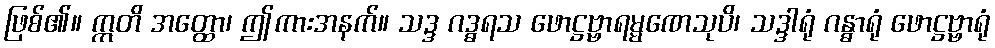
ဖြစ်၏။ ဣတိ အတ္ထော၊ ဤကားအနက်။ သဒ္ဒ ဂဒ္ဓရသ ဖောဋ္ဌဗ္ဗာရမ္မဏေသုပိ၊ သဒ္ဒါရုံ ဂန္ဓာရုံ ဖောဋ္ဌဗ္ဗာရုံ